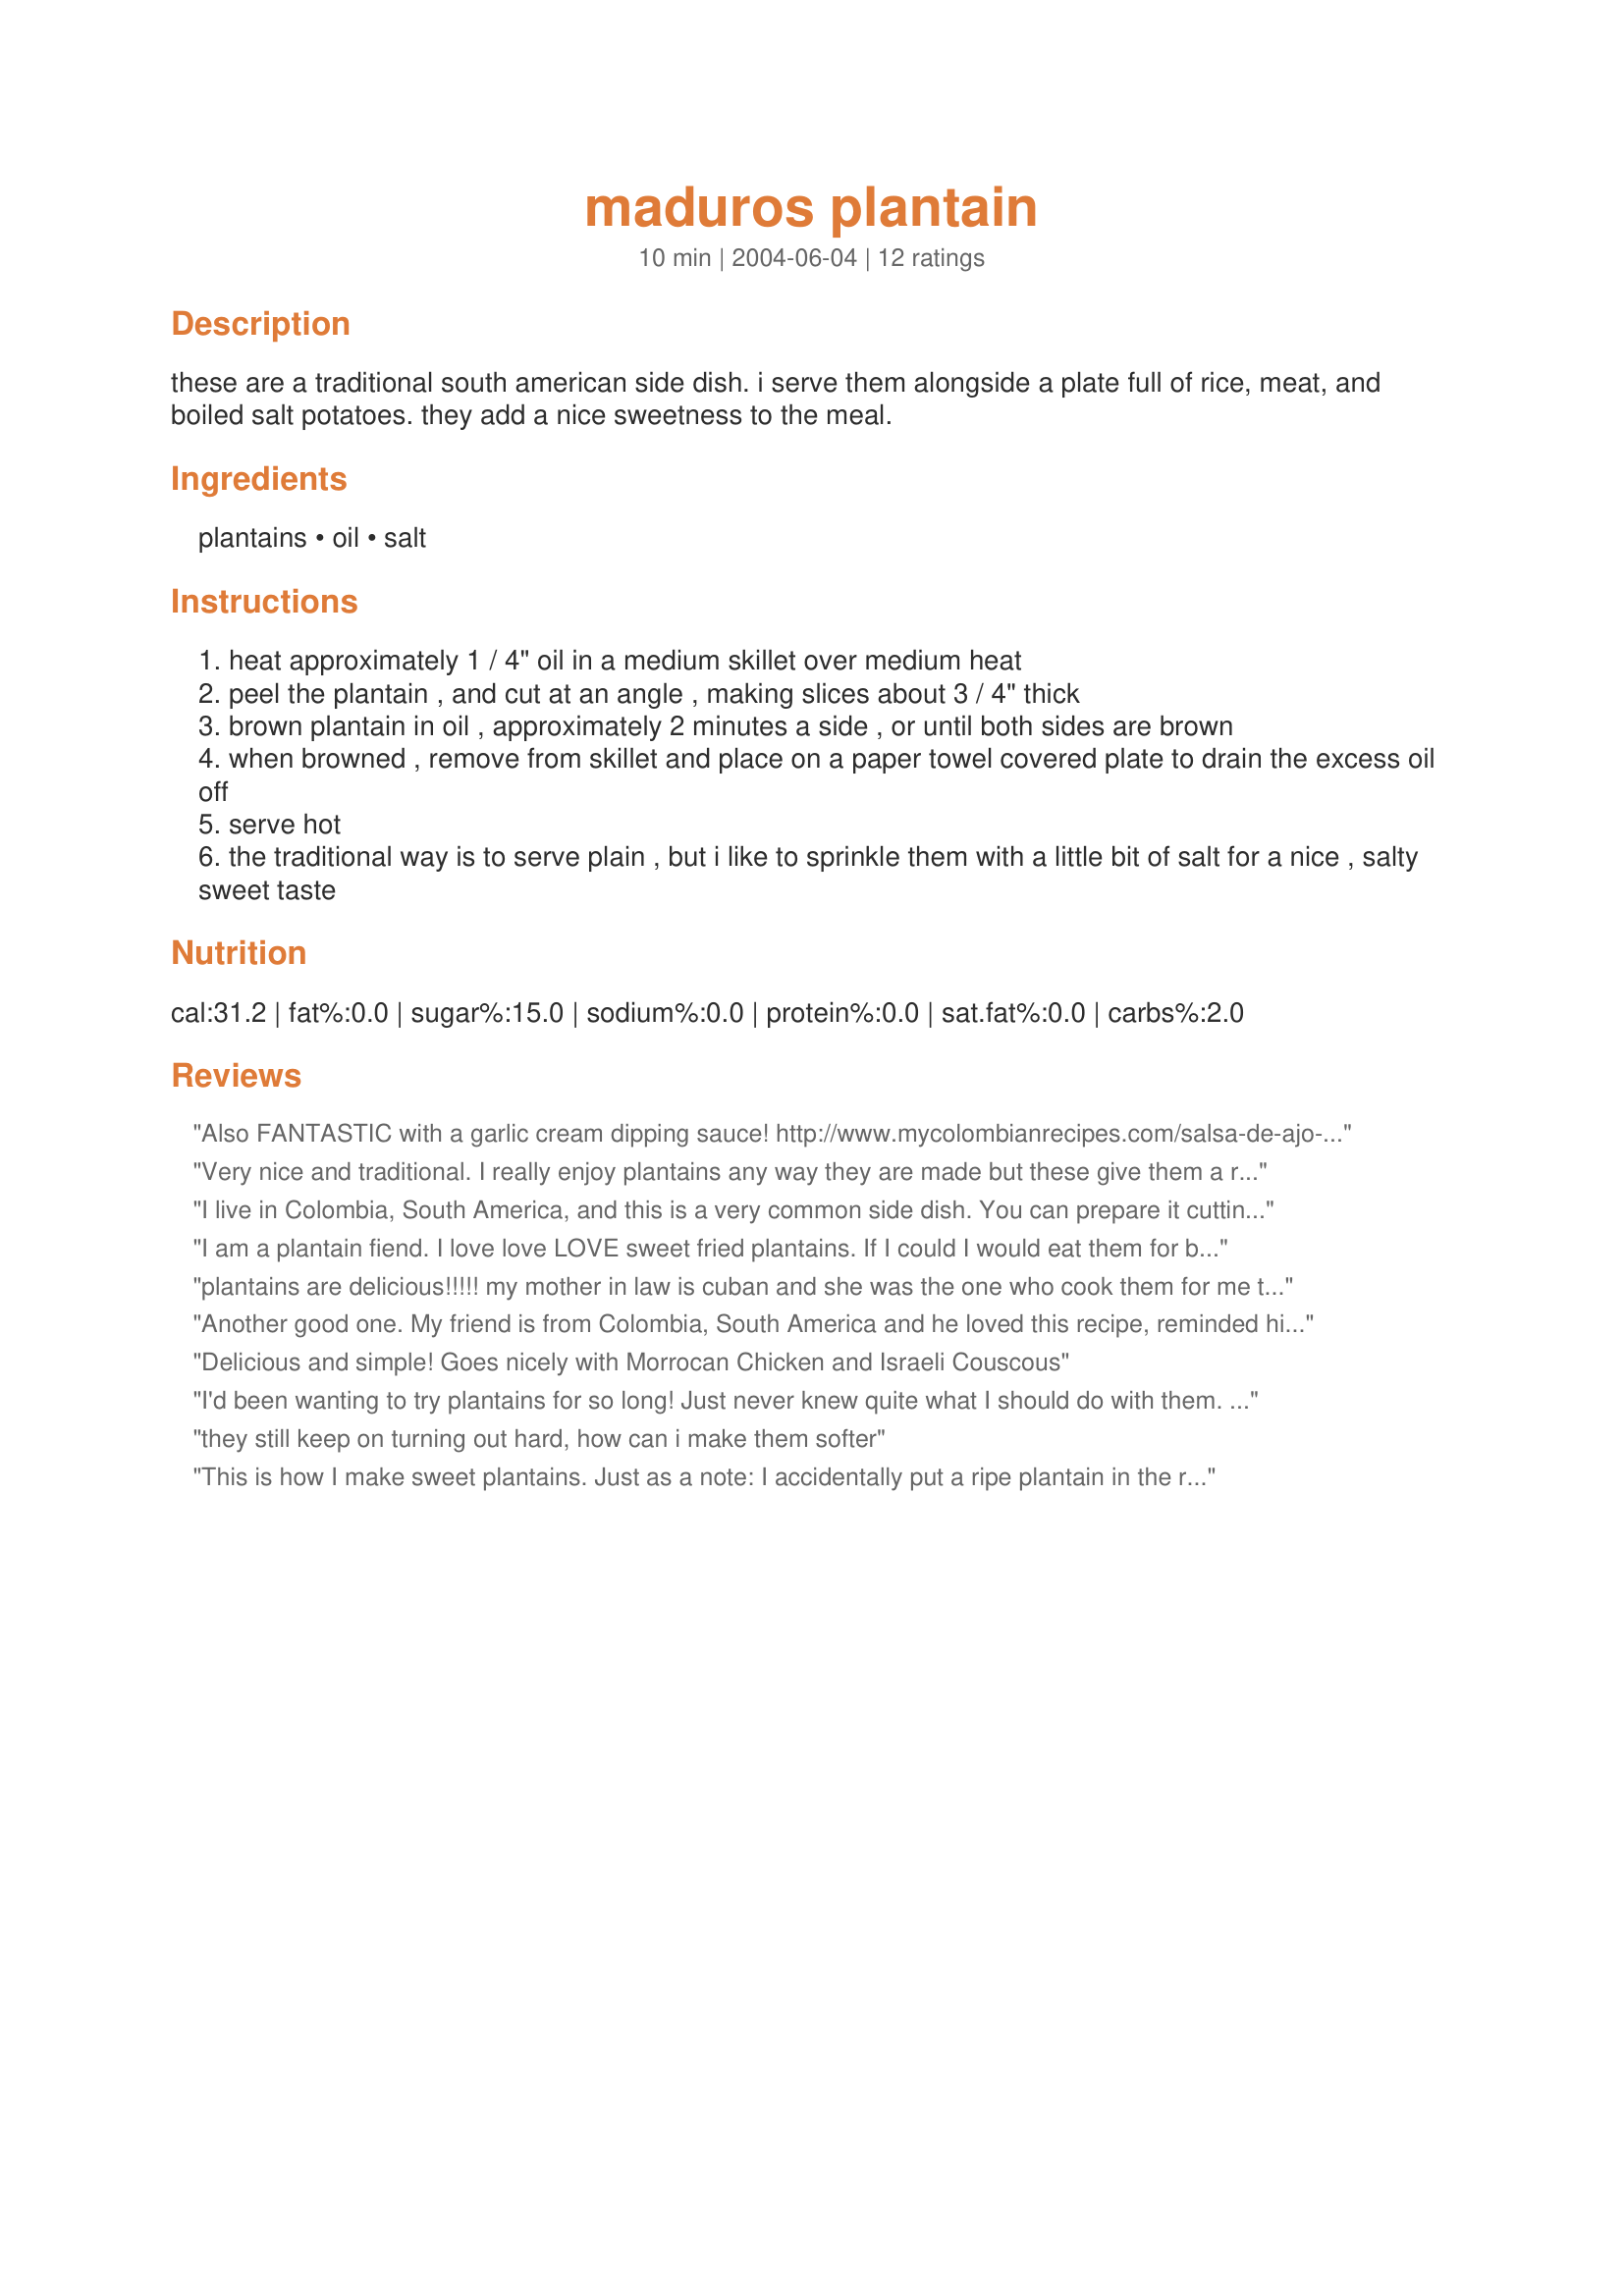
maduros plantain
Preparation time: 10 minutes

these are a traditional south american side dish. i serve them alongside a plate full of rice, meat, and boiled salt potatoes. they add a nice sweetness to the meal.

Ingredients:
plantains, oil, salt

Steps:
heat approximately 1 / 4" oil in a medium skillet over medium heat
peel the plantain , and cut at an angle , making slices about 3 / 4" thick
brown plantain in oil , approximately 2 minutes a side , or until both sides are brown
when browned , remove from skillet and place on a paper towel covered plate to drain the excess oil off
serve hot
the traditional way is to serve plain , but i like to sprinkle them with a little bit of salt for a nice , salty sweet taste

Reviews:
Also FANTASTIC with a garlic cream dipping sauce!
http://www.mycolombianrecipes.com/salsa-de-ajo-garlic-sauce
Yumm!
Very nice and traditional. I really enjoy plantains any way they are made but these give them a really nice flavor. I tried to make sure they didn't get too brown/fried as then they would still have a little bit of soft plantain in the middle which made them even better. Thanks!
I live in Colombia, South America, and this is a very common side dish. You can prepare it cutting the plantain as describes above or (in slices) or cut it in small dices.
Note: as ripe the plantain as good the recipe. I buy plantains and put in the fridge. When the outside is DARK the plantain is ready to prepare.
I am a plantain fiend. I love love LOVE sweet fried plantains. If I could I would eat them for breakfast (good with eggs), lunch (with a hot sandwich) and dinner (any salty meal works). Actually some days I do! To the poster who's plantains keep coming out too hard, here's the deal, you have to buy them so that the plantains are yellow black (the blacker the riper) but make sure they still feel firm, not mushy, through the skin, and have no mold. Another option is to buy them green to yellow and then leave them to continue to ripen on their own, again making sure they are still firm before eating them.
plantains are delicious!!!!!
my mother in law is cuban and she was the one who cook them for me the first time....
i love them...
thank you for add the recipe to this site...
Another good one. My friend is from Colombia, South America and he loved this recipe, reminded him of home. thanks for sharing this simple, but good recipe!
Delicious and simple! Goes nicely with Morrocan Chicken and Israeli Couscous
I'd been wanting to try plantains for so long! Just never knew quite what I should do with them. This was a PERFECT starting recipe. Very good and very quick/easy.Fiance was scared when I grabbed them at the store, but ended up eating almost all of them Will make these again. Thanks!
they still keep on turning out hard, how can i make them softer
This is how I make sweet plantains. Just as a note: I accidentally put a ripe plantain in the refrigerator. It turned completely black and was kind of mushy in some places. I just used a higher heat, so the outside cooked faster and caramelized a bit, and it came out perfect.
I love fried plantains and boiled. When I fry my plantain I usually get the green ones. I slice them fry about 1 minute or so then I take them out mash it with a coffe cup or whatever you like add salt to taste and refry. I love these type of plantains with cheese or a dinner with rice, steak and veggies. I also like the sweet plantain in which I boil, add to soups or fry but these plantains would have to be purchased yellow rather than green for the sweet flavor.
I tried and my Jung hard as a mugg
